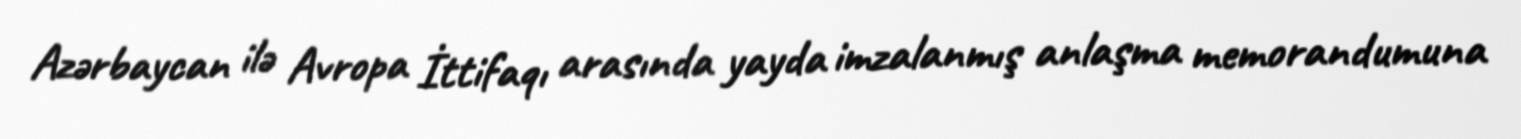
Azərbaycan ilə Avropa İttifaqı arasında yayda imzalanmış anlaşma memorandumuna